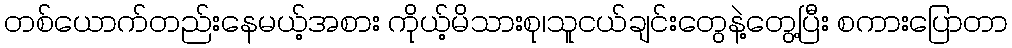
တစ်ယောက်တည်းနေမယ့်အစား ကိုယ့်မိသားစု၊သူငယ်ချင်းတွေနဲ့တွေ့ပြီး စကားပြောတာ